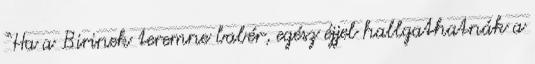
“Ha a Birinek teremne babér, egész éjjel hallgathatnák a